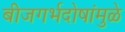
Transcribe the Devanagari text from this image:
बीजगर्भदोषांमुळे